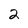
Character: 2